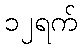
၁၂ရက်